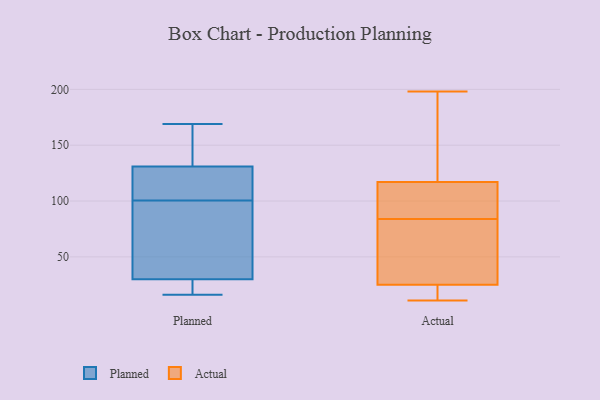
{"axis": {"x": "LTV (USD)", "y": "Value"}, "legend": ["Actual", "Planned"], "data": [{"x": "", "y": 118, "type": "Planned"}, {"x": "", "y": 147, "type": "Planned"}, {"x": "", "y": 30, "type": "Planned"}, {"x": "", "y": 169, "type": "Planned"}, {"x": "", "y": 131, "type": "Planned"}, {"x": "", "y": 16, "type": "Planned"}, {"x": "", "y": 123, "type": "Planned"}, {"x": "", "y": 83, "type": "Planned"}, {"x": "", "y": 25, "type": "Planned"}, {"x": "", "y": 54, "type": "Planned"}, {"x": "", "y": 88, "type": "Actual"}, {"x": "", "y": 189, "type": "Actual"}, {"x": "", "y": 14, "type": "Actual"}, {"x": "", "y": 153, "type": "Actual"}, {"x": "", "y": 82, "type": "Actual"}, {"x": "", "y": 15, "type": "Actual"}, {"x": "", "y": 40, "type": "Actual"}, {"x": "", "y": 24, "type": "Actual"}, {"x": "", "y": 73, "type": "Actual"}, {"x": "", "y": 101, "type": "Actual"}, {"x": "", "y": 117, "type": "Actual"}, {"x": "", "y": 149, "type": "Actual"}, {"x": "", "y": 25, "type": "Actual"}, {"x": "", "y": 86, "type": "Actual"}, {"x": "", "y": 198, "type": "Actual"}, {"x": "", "y": 60, "type": "Actual"}, {"x": "", "y": 114, "type": "Actual"}, {"x": "", "y": 11, "type": "Actual"}]}